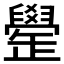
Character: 𦦯